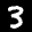
Label: 3